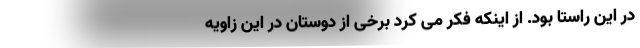
در این راستا بود. از اینکه فکر می کرد برخی از دوستان در این زاویه